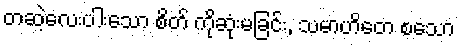
တဆဲ့လေးပါးသော စိတ် ကိုဆုံးမခြင်း, သမာဟိတေ စသော